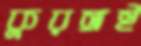
কুরঙ্গই